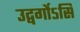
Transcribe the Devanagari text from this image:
उद्वर्गोऽसि